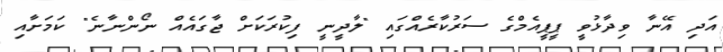
އަދި އޭނާ ވިދާޅުވީ ޕީޕީއެމްގެ ސަރުކާރެއްގައި "ލާދީނީ ފިކުރަކަށް ޖާގައެއް ނޯންނާނެ" ކަމަށާއި